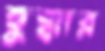
হুক্কার